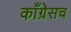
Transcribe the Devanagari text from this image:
काँग्रेसच